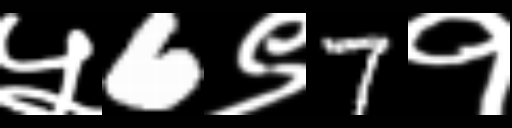
Text: ५6९7१